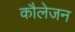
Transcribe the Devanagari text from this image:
कौलेजन